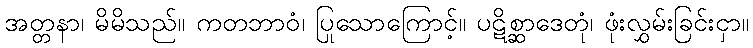
အတ္တနာ၊ မိမိသည်။ ကတဘာဝံ၊ ပြုသောကြောင့်။ ပဋိစ္ဆာဒေတုံ၊ ဖုံးလွှမ်းခြင်းငှာ။